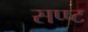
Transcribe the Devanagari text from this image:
सप्ष्ट